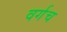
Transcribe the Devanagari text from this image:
वर्गच